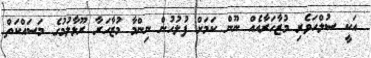
އަކީ ސުލްހަވެރި މުޒާހަރާއެއް ނޫން ކަމަށް ފުލުހުން ނިންމާ މުޒާހަރާ ރޫޅާލުމުގެ މަސައްކަތް